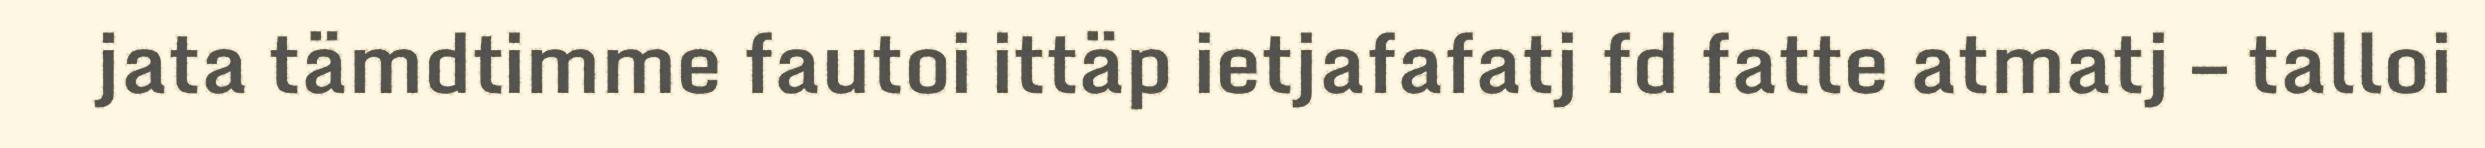
jata tämdtimme fautoi ittäp ietjafafatj fd fatte atmatj – talloi